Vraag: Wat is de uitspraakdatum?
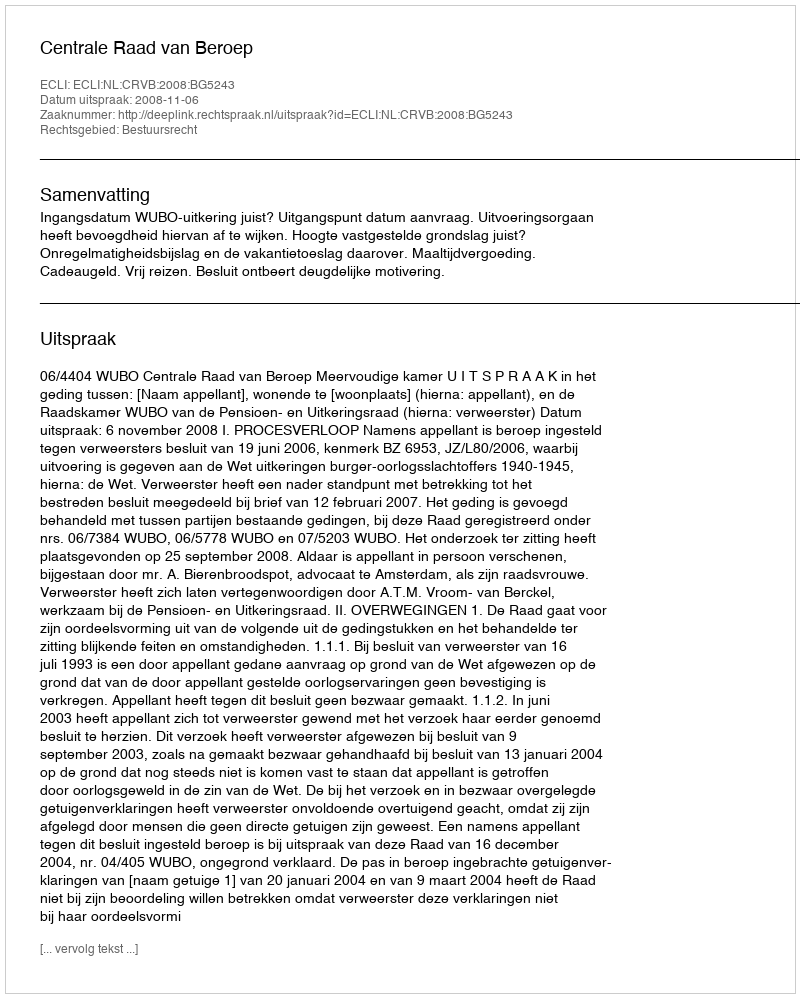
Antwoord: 2008-11-06